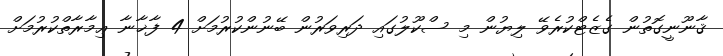
ޤާނޫނީގޮތުން ގެޒެޓްކުރެވޭ ލިޔުން މި ސްކޫލުގައި ދަރިވަރުން ބޭނުންކުރުމަށް 4 ފާޚާނާ ޢިމާރާތްކުރުމަށް